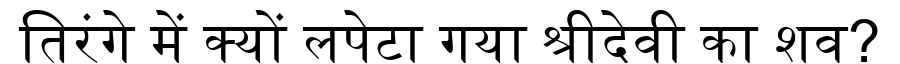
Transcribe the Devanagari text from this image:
तिरंगे में क्यों लपेटा गया श्रीदेवी का शव?